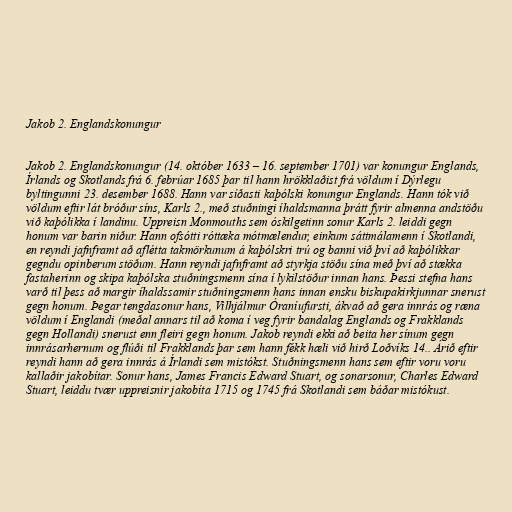
Jakob 2. Englandskonungur

Jakob 2. Englandskonungur (14. október 1633 – 16. september 1701) var konungur Englands,
Írlands og Skotlands frá 6. febrúar 1685 þar til hann hrökklaðist frá völdum í Dýrlegu
byltingunni 23. desember 1688. Hann var síðasti kaþólski konungur Englands. Hann tók við
völdum eftir lát bróður síns, Karls 2., með stuðningi íhaldsmanna þrátt fyrir almenna andstöðu
við kaþólikka í landinu. Uppreisn Monmouths sem óskilgetinn sonur Karls 2. leiddi gegn
honum var barin niður. Hann ofsótti róttæka mótmælendur, einkum sáttmálamenn í Skotlandi,
en reyndi jafnframt að aflétta takmörkunum á kaþólskri trú og banni við því að kaþólikkar
gegndu opinberum stöðum. Hann reyndi jafnframt að styrkja stöðu sína með því að stækka
fastaherinn og skipa kaþólska stuðningsmenn sína í lykilstöður innan hans. Þessi stefna hans
varð til þess að margir íhaldssamir stuðningsmenn hans innan ensku biskupakirkjunnar snerust
gegn honum. Þegar tengdasonur hans, Vilhjálmur Óraníufursti, ákvað að gera innrás og ræna
völdum í Englandi (meðal annars til að koma í veg fyrir bandalag Englands og Frakklands
gegn Hollandi) snerust enn fleiri gegn honum. Jakob reyndi ekki að beita her sínum gegn
innrásarhernum og flúði til Frakklands þar sem hann fékk hæli við hirð Loðvíks 14.. Árið eftir
reyndi hann að gera innrás á Írlandi sem mistókst. Stuðningsmenn hans sem eftir voru voru
kallaðir jakobítar. Sonur hans, James Francis Edward Stuart, og sonarsonur, Charles Edward
Stuart, leiddu tvær uppreisnir jakobíta 1715 og 1745 frá Skotlandi sem báðar mistókust.